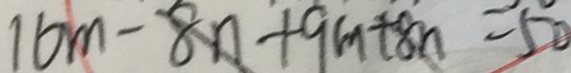
1 6 m - 8 n + 9 m + 8 n = 5 0